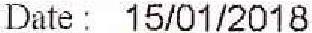
DATE : 15/01/2018